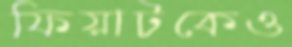
ফিয়াটকেও